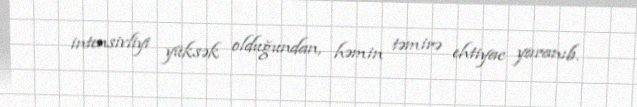
intensivliyi yüksək olduğundan, həmin təmirə ehtiyac yaranıb.